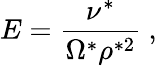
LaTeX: E=\frac{\nu^{*}}{\Omega^{*}\rho^{*2}}\ ,